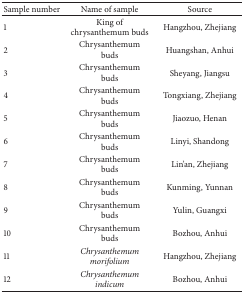
| Sample number | Name of sample | Source |
 | --- | --- | --- |
 | 1 | King of chrysanthemum buds | Hangzhou, Zhejiang |
 | 2 | Chrysanthemum buds | Huangshan, Anhui |
 | 3 | Chrysanthemum buds | Sheyang, Jiangsu |
 | 4 | Chrysanthemum buds | Tongxiang, Zhejiang |
 | 5 | Chrysanthemum buds | Jiaozuo, Henan |
 | 6 | Chrysanthemum buds | Linyi, Shandong |
 | 7 | Chrysanthemum buds | Lin'an, Zhejiang |
 | 8 | Chrysanthemum buds | Kunming, Yunnan |
 | 9 | Chrysanthemum buds | Yulin, Guangxi |
 | 10 | Chrysanthemum buds | Bozhou, Anhui |
 | 11 | Chrysanthemum morifolium | Hangzhou, Zhejiang |
 | 12 | Chrysanthemum indicum | Bozhou, Anhui |